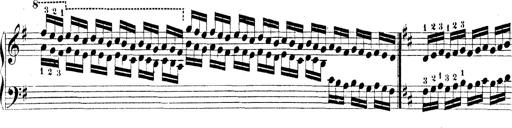
Title: Technische Studien
Composer: Franz Liszt